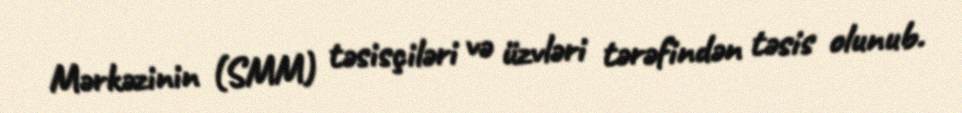
Mərkəzinin (SMM) təsisçiləri və üzvləri tərəfindən təsis olunub.